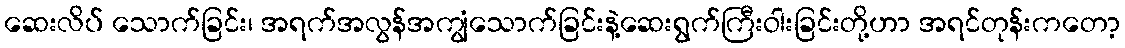
ဆေးလိပ် သောက်ခြင်း၊ အရက်အလွန်အကျွံသောက်ခြင်းနဲ့ဆေးရွက်ကြီးဝါးခြင်းတို့ဟာ အရင်တုန်းကတော့